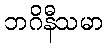
ဘဂိနီသမာ